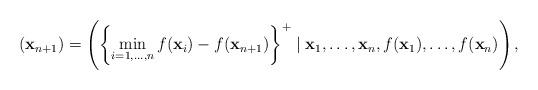
LaTeX: \begin{align*} (\mathbf{x}_{n+1}) = \left( \left\{ \min_{i=1,\ldots,n} f(\mathbf{x}_i) - f(\mathbf{x}_{n+1}) \right\}^+ \mid \mathbf{x}_1,\ldots,\mathbf{x}_n,f(\mathbf{x}_1),\ldots,f(\mathbf{x}_n) \right), \end{align*}